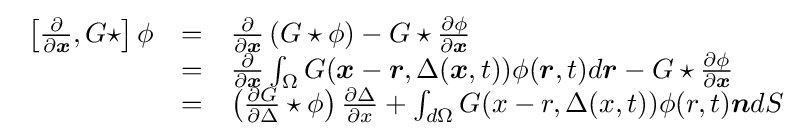
{\begin{array}{rcl}\left[{\frac {\partial }{\partial {\boldsymbol {x}}}},G\star \right]\phi &=&{\frac {\partial }{\partial {\boldsymbol {x}}}}\left(G\star \phi \right)-G\star {\frac {\partial \phi }{\partial {\boldsymbol {x}}}}\\&=&{\frac {\partial }{\partial {\boldsymbol {x}}}}\int _{\Omega }G({\boldsymbol {x}}-{\boldsymbol {r}},\Delta ({\boldsymbol {x}},t))\phi ({\boldsymbol {r}},t)d{\boldsymbol {r}}-G\star {\frac {\partial \phi }{\partial {\boldsymbol {x}}}}\\&=&\left({\frac {\partial G}{\partial \Delta }}\star \phi \right){\frac {\partial \Delta }{\partial x}}+\int _{d\Omega }G(x-r,\Delta (x,t))\phi (r,t){\boldsymbol {n}}dS\end{array}}